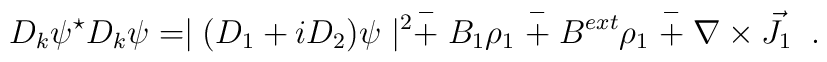
D_{k}\psi^{\star}D_{k}\psi=\mid(D_{1}+iD_{2})\psi\mid^{2}       \stackrel{-}{+}B_{1}\rho_{1}\stackrel{-}{+}B^{ext}\rho_{1}       \stackrel{-}{+}\nabla\times \vec{J}_{1} \;\;.